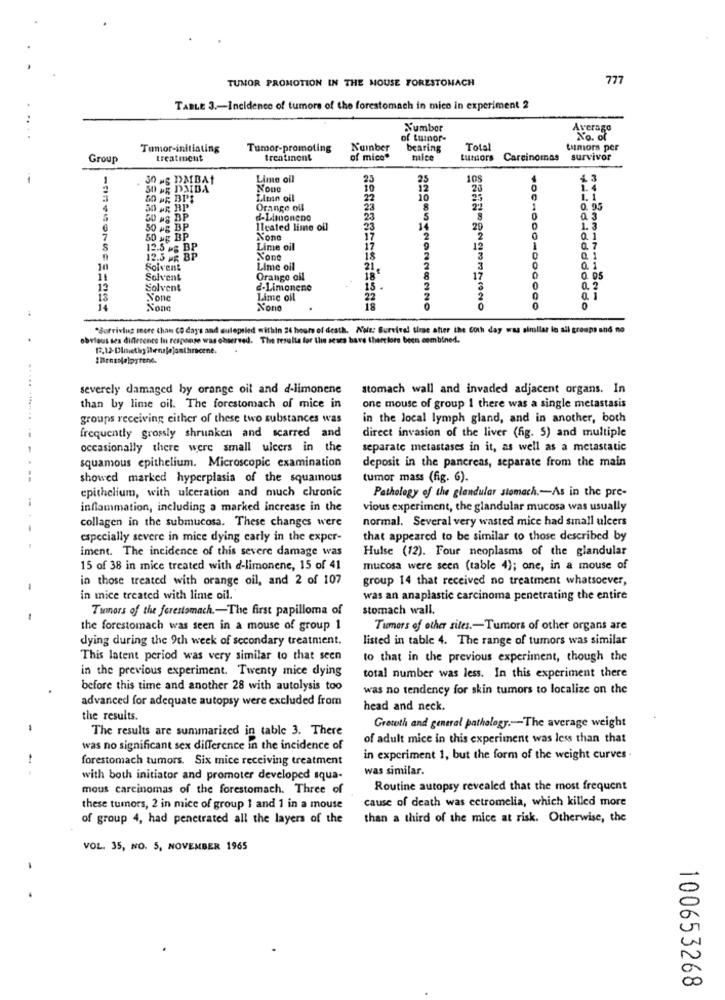
TUMOR PROMOTION IN THE MOUSE FORESTOMACH
777
TABLE 3 .- Incidence of tumore of the forestomach in mico in experiment 2
Number
Average
of tumor-
Tumor-initiating
Tumor-promoting
Number
bearing
Total
tumors per
Group
treatment
trentinont
of mice"
mice
LutHors
Carcinomas
survivor
1
30 -S DAIBAI
Lime oil
25
25
108
4 3
19
12
Liman oil
22
10
Orange oil
23
0. 95
D HS BP
d-Limoneno
23
8
50 +g BP
Ileated lime oil
23
14
29
1.3
50 ag BP
17
0. 1
12.5 -g BP
Lime oil
17
12
0. 7
12.5 - BP
is
0 1
Solvent
Lime oil
21
0. 1
Solvent
Orange oil
18
17
0 05
Solvent
d-Limonene
15
0. 2
22
Xono
200ROINONNONNO
"Surviving more than CO day's and sulepsied within 24 hours of death. Note: Survived tirse after the Coth day was similar lo all groups and no
obvious ses difference In response was observed. The results for the seus bave therefore been combined.
.....
severely damaged by orange oil and d-limonene
stomach wall and invaded adjacent organs. In
than by lime oil. The forestomach of mice in
one mouse of group 1 there was a single metastasis
groups receiving either of these two substances was
in the local lymph gland, and in another, both
frequently grossly shrunken and scarred and
direct invasion of the liver (fig. 5) and multiple
occasionally there were small ulcers in the
separate metastases in it, as well as a metastatic
deposit in the pancreas, separate from the main
squamous epithelium. Microscopic examination
showed marked hyperplasia of the squamous
tumor mass (fig. 6).
epithelium, with ulceration and much chronic
Pathology of the glandular stomach .- As in the pre-
inflammation, including a marked increase in the
vious experiment, the glandular mucosa was usually
collagen in the submucosa. These changes were
normal. Several very wasted mice had small ulcers
especially severe in mice dying carly in the exper-
that appeared to be similar to those described by
iment. The incidence of this severe damage was
Hulse (12). Four neoplasms of the glandular
15 of 38 in mice treated with d-limonene, 15 of 41
mucosa were seen (table 4); one, in a mouse of
in those treated with orange oil, and 2 of 107
group 14 that received no treatment whatsoever,
-
in mice treated with lime oil.
was an anaplastic carcinoma penetrating the entire
Tumors of the ferestomach .- The first papilloma of
stomach wall.
the forestomach was seen in a mouse of group 1
Tumors of other sites .- Tumors of other organs are
dying during the 9th week of secondary treatment.
listed in table 4. The range of tumors was similar
This latent period was very similar to that seen
to that in the previous experiment, though the
in the previous experiment. Twenty mice dying
total number was less. In this experiment there
before this time and another 28 with autolysis too
was no tendency for skin tumors to localize on the
advanced for adequate autopsy were excluded from
head and neck.
the results.
The results are summarized in table 3. There
Groteth and general pathology .-- The average weight
of adult mice in this experiment was less than that
was no significant sex difference in the incidence of
-
forestomach tumors. Six mice receiving treatment
in experiment 1, but the form of the weight curves .
was similar.
with both initiator and promoter developed squa-
mous carcinomas of the forestomach. Three of
Routine autopsy revealed that the most frequent
cause of death was ectromelia, which killed more
these tumors, 2 in mice of group 1 and 1 in a mouse
of group 4, had penetrated all the layers of the
than a third of the mice at risk. Otherwise, the
VOL. 35, NO. 5. NOVEMBER 1965
100653268